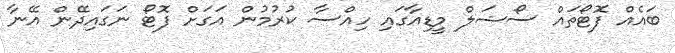
ބައެއް ފޮޓޯތައް ސޯޝަލް މީޑިއާގައި ހިއްސާ ކުރުމުން އަގަށް ފޮޓޯ ނަގައިދޭން އޭނާ